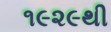
૧૯૨૯થી